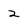
Character: 2